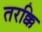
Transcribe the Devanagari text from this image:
तरक्कि